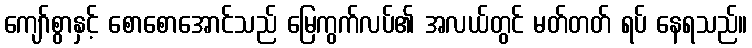
ကျော်စွာနှင့် စောစောအောင်သည် မြေကွက်လပ်၏ အလယ်တွင် မတ်တတ် ရပ် နေရသည်။